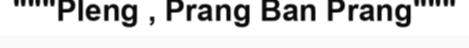
"""Pleng , Prang Ban Prang"""